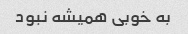
به خوبی همیشه نبود